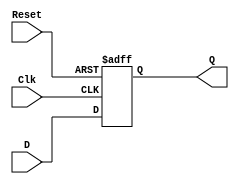
module dffpos(D, Clk, Reset, Q);
input D, Clk, Reset;
output reg Q;
always@(posedge Reset or posedge Clk)
	if(Reset)
		Q <= 0;
	else if(Clk)
		Q <= D;
endmodule